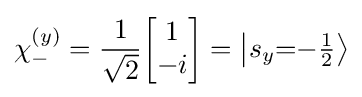
\chi _{-}^{(y)}={\frac {1}{\sqrt {2}}}{\begin{bmatrix}1\\-i\end{bmatrix}}=\left\vert {s_{y}{=}{-\textstyle {\frac {1}{2}}}}\right\rangle